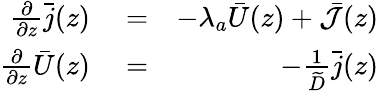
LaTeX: \begin{array}{rlr}{\frac{\partial}{\partial z}\bar{j}(z)}&{{}=}&{-\lambda_{a}\bar{U}(z)+\bar{\cal J}(z)}\\ {\frac{\partial}{\partial z}\bar{U}(z)}&{{}=}&{-\frac{1}{\widetilde D}\bar{j}(z)}\end{array}